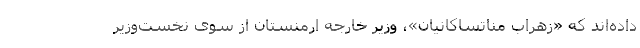
داده‌اند که «زهراب مناتساکانیان»، وزیر خارجه ارمنستان از سوی نخست‌وزیر